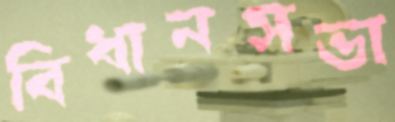
বিধানসভা